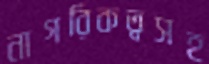
নাগরিকত্বসহ